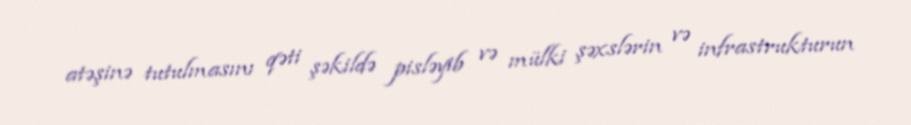
atəşinə tutulmasını qəti şəkildə pisləyib və mülki şəxslərin və infrastrukturun